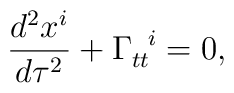
\frac{d^2x^i}{d\tau^2} + \Gamma_{tt}^{\hspace{.2 true cm} i} =0,